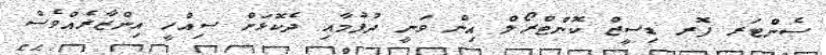
ސެންޓަރ ފޮރ ޑިސީޒް ކޮންޓްރޯލް އިން ވަނީ ދުފުމާއި ދެކޮޅަށް ސިއްހީ އިންޒާރެއްވެސް